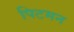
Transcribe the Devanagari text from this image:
पिटमन